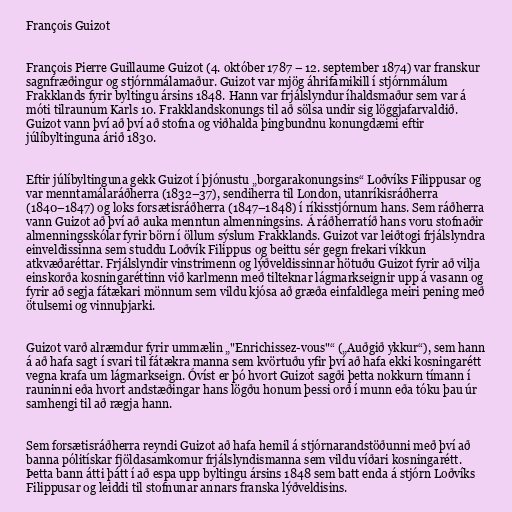
François Guizot

François Pierre Guillaume Guizot (4. október 1787 – 12. september 1874) var franskur
sagnfræðingur og stjórnmálamaður. Guizot var mjög áhrifamikill í stjórnmálum
Frakklands fyrir byltingu ársins 1848. Hann var frjálslyndur íhaldsmaður sem var á
móti tilraunum Karls 10. Frakklandskonungs til að sölsa undir sig löggjafarvaldið.
Guizot vann því að því að stofna og viðhalda þingbundnu konungdæmi eftir
júlíbyltinguna árið 1830.

Eftir júlíbyltinguna gekk Guizot í þjónustu „borgarakonungsins“ Loðvíks Filippusar og
var menntamálaráðherra (1832–37), sendiherra til London, utanríkisráðherra
(1840–1847) og loks forsætisráðherra (1847–1848) í ríkisstjórnum hans. Sem ráðherra
vann Guizot að því að auka menntun almenningsins. Á ráðherratíð hans voru stofnaðir
almenningsskólar fyrir börn í öllum sýslum Frakklands. Guizot var leiðtogi frjálslyndra
einveldissinna sem studdu Loðvík Filippus og beittu sér gegn frekari víkkun
atkvæðaréttar. Frjálslyndir vinstrimenn og lýðveldissinnar hötuðu Guizot fyrir að vilja
einskorða kosningaréttinn við karlmenn með tilteknar lágmarkseignir upp á vasann og
fyrir að segja fátækari mönnum sem vildu kjósa að græða einfaldlega meiri pening með
ötulsemi og vinnuþjarki.

Guizot varð alræmdur fyrir ummælin „"Enrichissez-vous"“ („Auðgið ykkur“), sem hann
á að hafa sagt í svari til fátækra manna sem kvörtuðu yfir því að hafa ekki kosningarétt
vegna krafa um lágmarkseign. Óvíst er þó hvort Guizot sagði þetta nokkurn tímann í
rauninni eða hvort andstæðingar hans lögðu honum þessi orð í munn eða tóku þau úr
samhengi til að rægja hann.

Sem forsætisráðherra reyndi Guizot að hafa hemil á stjórnarandstöðunni með því að
banna pólitískar fjöldasamkomur frjálslyndismanna sem vildu víðari kosningarétt.
Þetta bann átti þátt í að espa upp byltingu ársins 1848 sem batt enda á stjórn Loðvíks
Filippusar og leiddi til stofnunar annars franska lýðveldisins.